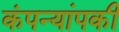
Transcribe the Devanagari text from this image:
कंपन्यांपकी